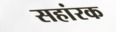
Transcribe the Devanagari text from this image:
सहांरक